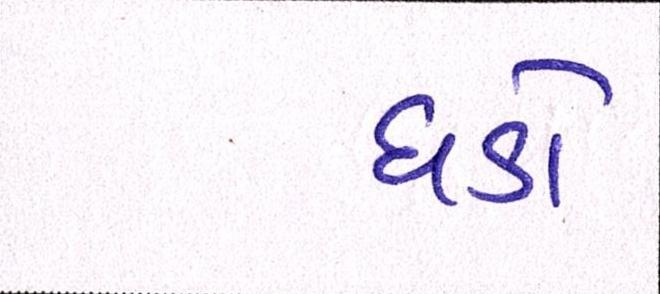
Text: ધડો